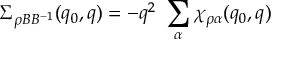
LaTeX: \Sigma _ { \rho B B ^ { - 1 } } ( q _ { 0 } , q ) = - q ^ { 2 } \ \sum _ { \alpha } \chi _ { \rho \alpha } ( q _ { 0 } , q )